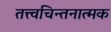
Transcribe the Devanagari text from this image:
तत्त्वचिन्तनात्मक